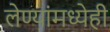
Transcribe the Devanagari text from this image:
लेण्यांमध्येही